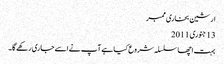
ارشین بخاری ممبر
‏13 جنوری 2011
بہت اچھا سلسلہ شروع کیا ہے آپ نے اسے جاری رکھے گا۔